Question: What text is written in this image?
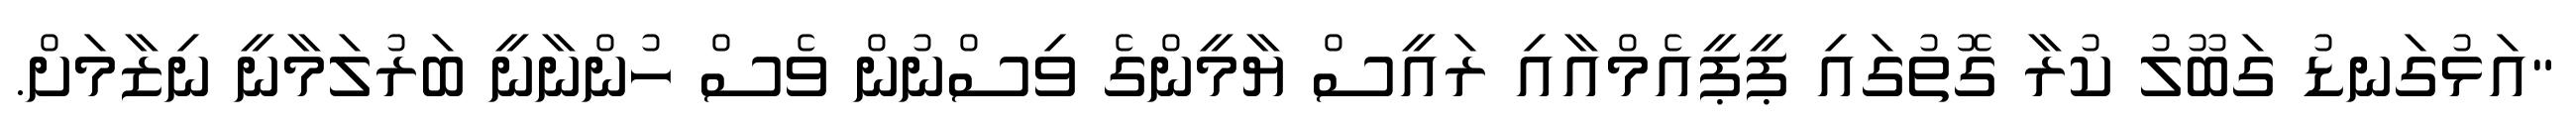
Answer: "އަޅުގަނޑު ގަބޫލު ކުރާ ގޮތުގައި ޕީޕީއެމްއާއި ރައީސް ޔާމީންގެ ވިސްނުން ވެސް ހުންނާނީ ބަރުލަމާނީ ނިޒާމަށް.